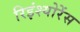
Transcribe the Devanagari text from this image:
रिइंश्योरेंस